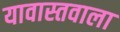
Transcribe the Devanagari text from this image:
यावास्तवाला